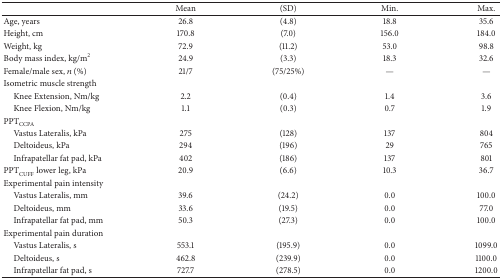
<table><thead><tr><td>[EMPTY_CELL]</td><td><b>Mean</b></td><td><b>(SD)</b></td><td><b>Min.</b></td><td><b>Max.</b></td></tr></thead><tbody><tr><td>Age, years</td><td>26.8 </td><td>(4.8)</td><td>18.8</td><td>35.6</td></tr><tr><td>Height, cm</td><td>170.8</td><td>(7.0)</td><td>156.0</td><td>184.0</td></tr><tr><td>Weight, kg</td><td>72.9</td><td>(11.2)</td><td>53.0</td><td>98.8</td></tr><tr><td>Body mass index, kg/m<sup>2</sup></td><td>24.9</td><td>(3.3)</td><td>18.3</td><td>32.6</td></tr><tr><td>Female/male sex, <i>n</i> (%)</td><td>21/7</td><td>(75/25%)</td><td>—</td><td>—</td></tr><tr><td>Isometric muscle strength</td><td>[EMPTY_CELL]</td><td>[EMPTY_CELL]</td><td>[EMPTY_CELL]</td><td>[EMPTY_CELL]</td></tr><tr><td> Knee Extension, Nm/kg</td><td>2.2</td><td>(0.4)</td><td>1.4</td><td>3.6</td></tr><tr><td> Knee Flexion, Nm/kg</td><td>1.1</td><td>(0.3)</td><td>0.7</td><td>1.9</td></tr><tr><td>PPT<sub>CCPA</sub></td><td>[EMPTY_CELL]</td><td>[EMPTY_CELL]</td><td>[EMPTY_CELL]</td><td>[EMPTY_CELL]</td></tr><tr><td> Vastus Lateralis, kPa</td><td>275</td><td>(128)</td><td>137</td><td>804</td></tr><tr><td> Deltoideus, kPa</td><td>294</td><td>(196)</td><td>29</td><td>765</td></tr><tr><td> Infrapatellar fat pad, kPa</td><td>402</td><td>(186)</td><td>137</td><td>801</td></tr><tr><td>PPT<sub>CUFF</sub> lower leg, kPa</td><td>20.9</td><td>(6.6)</td><td>10.3</td><td>36.7</td></tr><tr><td>Experimental pain intensity </td><td>[EMPTY_CELL]</td><td>[EMPTY_CELL]</td><td>[EMPTY_CELL]</td><td>[EMPTY_CELL]</td></tr><tr><td> Vastus Lateralis, mm</td><td>39.6</td><td>(24.2)</td><td>0.0</td><td>100.0</td></tr><tr><td> Deltoideus, mm</td><td>33.6</td><td>(19.5)</td><td>0.0</td><td>77.0</td></tr><tr><td> Infrapatellar fat pad, mm</td><td>50.3</td><td>(27.3)</td><td>0.0</td><td>100.0</td></tr><tr><td>Experimental pain duration</td><td>[EMPTY_CELL]</td><td>[EMPTY_CELL]</td><td>[EMPTY_CELL]</td><td>[EMPTY_CELL]</td></tr><tr><td> Vastus Lateralis, s</td><td>553.1</td><td>(195.9)</td><td>0.0</td><td>1099.0</td></tr><tr><td> Deltoideus, s</td><td>462.8</td><td>(239.9)</td><td>0.0</td><td>1100.0</td></tr><tr><td> Infrapatellar fat pad, s</td><td>727.7</td><td>(278.5)</td><td>0.0</td><td>1200.0</td></tr></tbody></table>